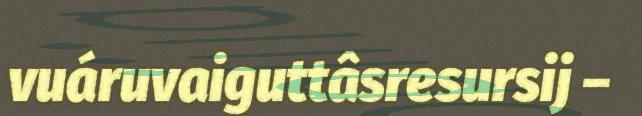
vuáruvaiguttâsresursij –